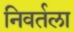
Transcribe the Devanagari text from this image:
निवर्तला